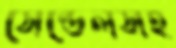
সেন্ডেলসহ